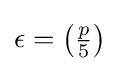
\epsilon =\left({\tfrac {p}{5}}\right)